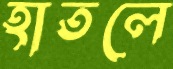
হাতলে